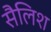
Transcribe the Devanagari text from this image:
सैलिश